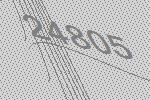
24805